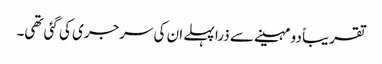
تقریباً دو مہینے سے ذرا پہلے ان کی سرجری کی گئی تھی۔